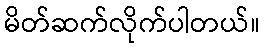
မိတ်ဆက်လိုက်ပါတယ်။